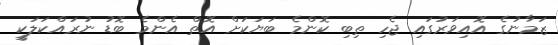
ޒަމާނުގެ އޮއިވަރުގައި ޖެހި ތިބި ކޮންމެ ބަޔަކަށް އޮތް އެންމެ ބޮޑު ނުރައްކަލަކީ